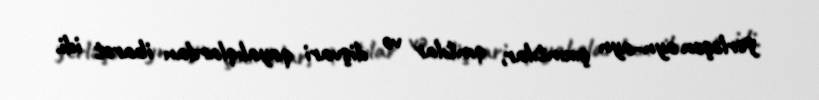
yerləşən ayn-ayn çıxıntılar, qıntılar və dişvari qayalıqlardan ibarət idi.